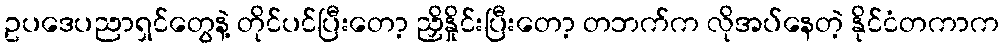
ဥပဒေပညာရှင်တွေနဲ့ တိုင်ပင်ပြီးတော့ ညှိနှိုင်းပြီးတော့ တဘက်က လိုအပ်နေတဲ့ နိုင်ငံတကာက